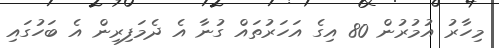
މިހާރު އުމުުރުން 80 އިގެ އަހަރުތައް ގުނާ އެ ދެމަފިރިން އެ ބަހުގައި